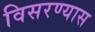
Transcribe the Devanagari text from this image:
विसरण्यास